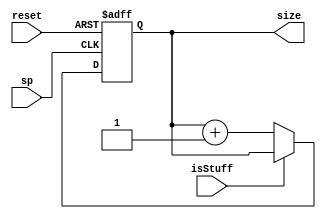
module frameSize
(
	input	sp, isStuff, reset,
	output reg [9:0] size
);

	//reg		[9:0] sizeValue;
	
	initial begin
		size <= 0;
	end
	
	// Determine the next state synchronously, based on the
	// current state and the input
	always @ (posedge sp or posedge reset) begin
		if (reset)
			begin
				size <= 10'b0;
			end
		else if (~isStuff)
			begin
				size <= size + 1;
			end
	end

	
	// Determine the output based only on the current state
	// and the input (do not wait for a clock edge).
	/*always @ (sp)
	begin
			size = sizeValue;
	end*/
 
endmodule